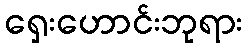
ရှေးဟောင်းဘုရား